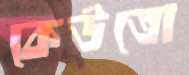
কেউতো